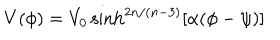
V ( \phi ) = V _ { 0 } \sinh ^ { 2 n / ( n - 3 ) } [ \alpha ( \phi - \psi ) ]